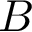
B